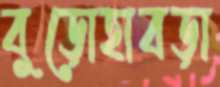
বুড়োহাবড়া